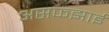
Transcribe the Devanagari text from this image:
असफझाई